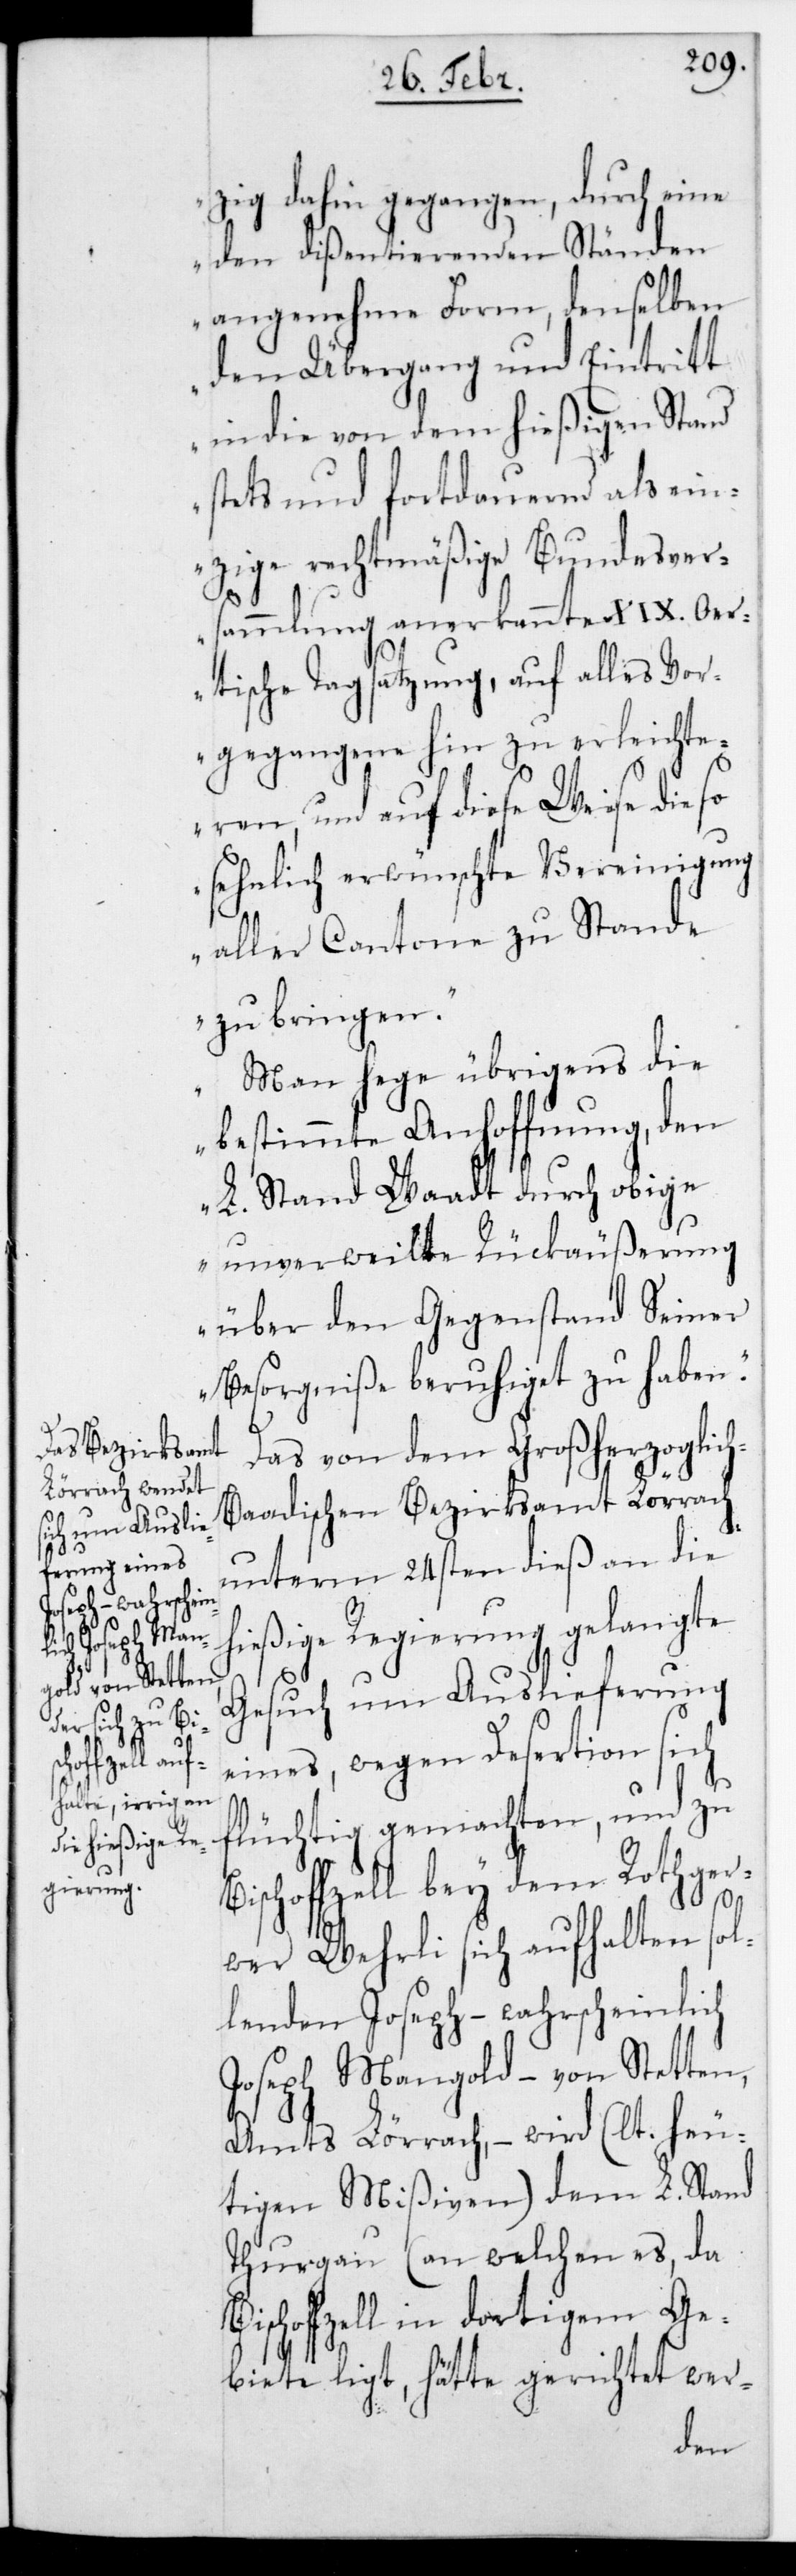
zig dahin gegangen, durch eine
den dißentierenden Ständen
angenehme Form, denselben
den Übergang und Eintritt
in die von dem hießigen Stand
stets und fortdauernd als ein¬
zige rechtmäßige Bundesver¬
sammlung anerkannte XIX. ör¬
tische Tagsatzung, auf alles Vor¬
gegangene hin zu erleichte¬
ren, und auf diese Weise die so
sehnlich erwünschte Vereinigung
aller Cantone zustande
zu bringen.
Man hege übrigens die
bestimmte Anhoffnung, den
L. Stand Waadt durch obige
unverweilte Rückäußerung
über den Gegenstand seiner
Besorgniße beruhiget zu haben“.
Das von dem Großherzoglic¬
aadischen Bezirksamt Lörrach
unterm 24sten dieß an die
hießige Regierung gelangte
h-B¬
Gesuch um Auslieferung
eines, wegen Desertion sich
flüchtig gemachten, und zu
Bischofszell bey dem Rothger¬
wer Wehrli sich aufhalten sol¬
lenden Joseph, – wahrscheinlich
Joseph Mangold von Stetten,
Amts Lörrach, – wird (lt. heu¬
tigen Mißiven) dem L. Stand
Thurgau (an welchen es, da
Bischofszell in dortigem Ge¬
biete ligt, hätte gerichtet wer-